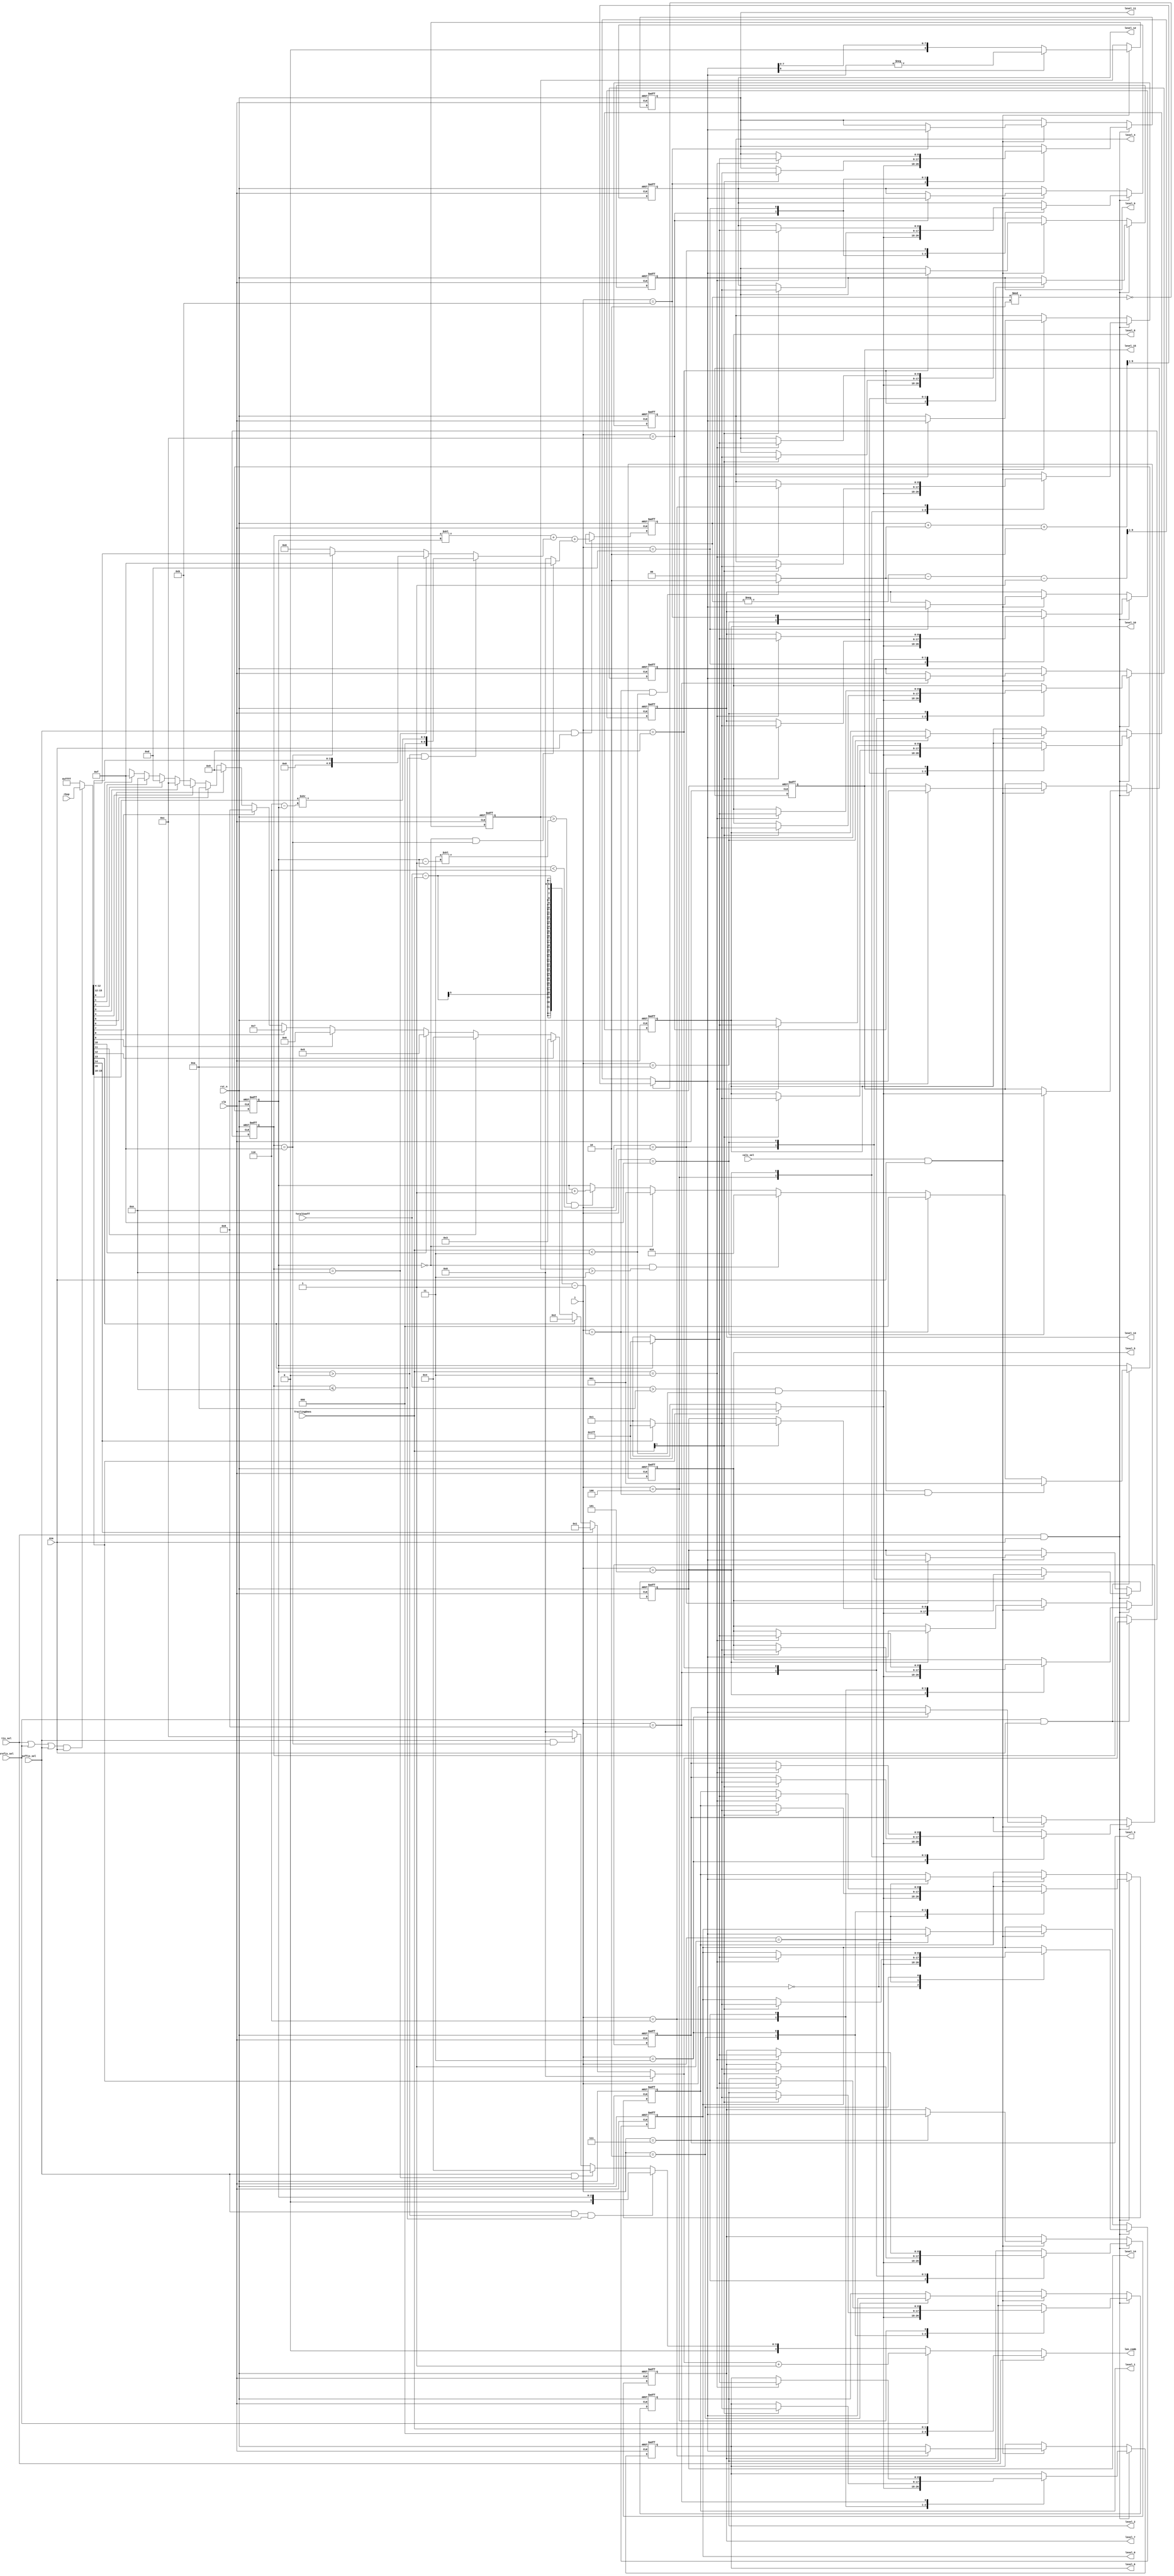
//////////////////////////////////////////////////////////////////////
////                                                              ////
////  cavlc_read_levels                                           ////
////                                                              ////
////  Description                                                 ////
////      decode levels for coeffs                                ////
////                                                              ////
////  Author(s):                                                  ////
////      - bin qiu, qiubin@opencores.org                         ////
////                                                              ////
//////////////////////////////////////////////////////////////////////
////                                                              ////
//// Copyright (C) 2011 Authors and OPENCORES.ORG                 ////
////                                                              ////
//// This source file may be used and distributed without         ////
//// restriction provided that this copyright statement is not    ////
//// removed from the file and that any derivative work contains  ////
//// the original copyright notice and the associated disclaimer. ////
////                                                              ////
//// This source file is free software; you can redistribute it   ////
//// and/or modify it under the terms of the GNU Lesser General   ////
//// Public License as published by the Free Software Foundation; ////
//// either version 2.1 of the License, or (at your option) any   ////
//// later version.                                               ////
////                                                              ////
//// This source is distributed in the hope that it will be       ////
//// useful, but WITHOUT ANY WARRANTY; without even the implied   ////
//// warranty of MERCHANTABILITY or FITNESS FOR A PARTICULAR      ////
//// PURPOSE.  See the GNU Lesser General Public License for more ////
//// details.                                                     ////
////                                                              ////
//// You should have received a copy of the GNU Lesser General    ////
//// Public License along with this source; if not, download it   ////
//// from http://www.opencores.org/lgpl.shtml                     ////
////                                                              ////
//////////////////////////////////////////////////////////////////////


//2011-8-6  initiial revision
//2011-8-19 reverse the order of level

//  include TrailingOnes

`timescale 1ns / 1ns // timescale time_unit/time_presicion






















module cavlc_read_levels (
    clk,
    rst_n,
    ena,
    t1s_sel,
    prefix_sel,
    suffix_sel,
    calc_sel,
    TrailingOnes,
    TotalCoeff,
    rbsp,
    i,
    level_0,
    level_1,
    level_2,
    level_3,
    level_4,
    level_5,
    level_6,
    level_7,
    level_8,
    level_9,
    level_10,
    level_11,
    level_12,
    level_13,
    level_14,
    level_15,
    len_comb
);
//------------------------
// ports
//------------------------
input   clk;
input   rst_n;

input   ena;
input   t1s_sel;
input   prefix_sel;
input   suffix_sel;
input   calc_sel;

input   [1:0]   TrailingOnes;
input   [4:0]   TotalCoeff;
input   [0:15]  rbsp;
input   [3:0]   i;

output  [8:0]   level_0;
output  [8:0]   level_1;
output  [8:0]   level_2;
output  [8:0]   level_3;
output  [8:0]   level_4;
output  [8:0]   level_5;
output  [8:0]   level_6;
output  [8:0]   level_7;
output  [8:0]   level_8;
output  [8:0]   level_9;
output  [8:0]   level_10;
output  [8:0]   level_11;
output  [8:0]   level_12;
output  [8:0]   level_13;
output  [8:0]   level_14;
output  [8:0]   level_15;

output  [4:0]   len_comb;

//------------------------
//  regs
//------------------------
reg     [0:15]  rbsp_internal;        // reduce toggle rate
reg     [3:0]   level_prefix_comb;
reg     [8:0]   level_suffix;
reg     [4:0]   len_comb;

//------------------------
// FFs
//------------------------
reg     [3:0]   level_prefix;
reg     [2:0]   suffixLength;   // range from 0 to 6
reg     [8:0]   level;
reg     [8:0]   level_abs;
reg     [8:0]   level_code_tmp;
reg     [8:0]   level_0, level_1, level_2, level_3, level_4, level_5, level_6, level_7;
reg     [8:0]   level_8, level_9, level_10, level_11, level_12, level_13, level_14, level_15;

//------------------------
// level_prefix_comb
//------------------------
always @(*)
if ((t1s_sel || prefix_sel || suffix_sel)&& ena)
    rbsp_internal <= rbsp;
else
    rbsp_internal <= 'hffff;

always @(*)
if (rbsp_internal[0])         level_prefix_comb <= 0;
else if (rbsp_internal[1])    level_prefix_comb <= 1;
else if (rbsp_internal[2])    level_prefix_comb <= 2;
else if (rbsp_internal[3])    level_prefix_comb <= 3;
else if (rbsp_internal[4])    level_prefix_comb <= 4;
else if (rbsp_internal[5])    level_prefix_comb <= 5;
else if (rbsp_internal[6])    level_prefix_comb <= 6;
else if (rbsp_internal[7])    level_prefix_comb <= 7;
else if (rbsp_internal[8])    level_prefix_comb <= 8;
else if (rbsp_internal[9])    level_prefix_comb <= 9;
else if (rbsp_internal[10])   level_prefix_comb <= 10;
else if (rbsp_internal[11])   level_prefix_comb <= 11;
else if (rbsp_internal[12])   level_prefix_comb <= 12; 
else if (rbsp_internal[13])   level_prefix_comb <= 13; 
else if (rbsp_internal[14])   level_prefix_comb <= 14;
else if (rbsp_internal[15])   level_prefix_comb <= 15;
else                          level_prefix_comb <= 'bx;
    

//------------------------
// level_prefix
//------------------------
always @(posedge clk or negedge rst_n)
if (!rst_n)
    level_prefix <= 0;
else if (prefix_sel && ena)
    level_prefix <= level_prefix_comb;

//------------------------
// suffixLength
//------------------------
wire first_level;
assign first_level = (i == TotalCoeff - TrailingOnes - 1);

always @(posedge clk or negedge rst_n)
if (!rst_n)
    suffixLength <= 0;
else if (prefix_sel && ena) begin
    if (TotalCoeff > 10 && TrailingOnes < 3 && first_level )  //initialize suffixLength before proceeding first level_suffix
        suffixLength <= 1;
    else if (first_level)
        suffixLength <= 0;
    else if (suffixLength == 0 && level_abs > 2'd3)
        suffixLength <= 2;
    else if (suffixLength == 0)
        suffixLength <= 1;
    else if (  level_abs > (2'd3 << (suffixLength - 1'b1) ) && suffixLength < 6)
        suffixLength <= suffixLength + 1'b1;
end


//------------------------
// level_suffix
//------------------------
always @(*)
if (suffixLength > 0 && level_prefix <= 14) 
    level_suffix <= {3'b0, rbsp_internal[0:5] >> (3'd6 - suffixLength)};
else if (level_prefix == 14)   //level_prefix == 14 && suffixLength == 0
    level_suffix <= {3'b0, rbsp_internal[0:3] };
else if (level_prefix == 15) 
    level_suffix <= rbsp_internal[3:11];     
else 
    level_suffix <= 0;      

//------------------------
// level_code_tmp
//------------------------
always @(posedge clk or negedge rst_n)
if (!rst_n) begin
    level_code_tmp <=  0;
end
else if (suffix_sel && ena) begin
    level_code_tmp <= (level_prefix << suffixLength) + level_suffix + 
    ((suffixLength == 0 && level_prefix == 15) ? 4'd15 : 0);
end


//------------------------
// level
//------------------------
wire    [2:0]   tmp1;

assign tmp1 = (first_level && TrailingOnes < 3)? 2'd2 : 2'd0;

always @(*)
begin
    if (level_code_tmp % 2 == 0) begin
        level <= ( level_code_tmp + tmp1 + 2 ) >> 1;
    end
    else begin
        level <= (-level_code_tmp - tmp1 - 1 ) >> 1;
    end
end

//------------------------
// level_abs
//------------------------
wire level_abs_refresh;
assign level_abs_refresh = calc_sel && ena;

always @(posedge clk or negedge rst_n)
if (!rst_n) begin
    level_abs <= 0;
end
else if (level_abs_refresh) begin
    level_abs <= level[8] ? -level : level;
end

//------------------------
// level regfile
//------------------------
always @ (posedge clk or negedge rst_n)
if (!rst_n) begin
    level_0 <= 0;   level_1 <= 0;   level_2 <= 0;   level_3 <= 0;
    level_4 <= 0;   level_5 <= 0;   level_6 <= 0;   level_7 <= 0;
    level_8 <= 0;   level_9 <= 0;   level_10<= 0;   level_11<= 0;
    level_12<= 0;   level_13<= 0;   level_14<= 0;   level_15<= 0;
end
else if (t1s_sel && ena)
    case (i)
    0 : level_0 <= rbsp_internal[0]? -1 : 1;
    1 : begin
            level_1 <= rbsp_internal[0]? -1 : 1;
            if (TrailingOnes[1])
                level_0 <= rbsp_internal[1]? -1 : 1;
        end
    2 : begin
            level_2 <= rbsp_internal[0]? -1 : 1;
            if (TrailingOnes[1])
                level_1 <= rbsp_internal[1]? -1 : 1;
            if (TrailingOnes == 3)
                level_0 <= rbsp_internal[2]? -1 : 1;
        end         
    3 : begin
            level_3 <= rbsp_internal[0]? -1 : 1;
            if (TrailingOnes[1])
                level_2 <= rbsp_internal[1]? -1 : 1;
            if (TrailingOnes == 3)
                level_1 <= rbsp_internal[2]? -1 : 1;
        end 
    4 : begin
            level_4 <= rbsp_internal[0]? -1 : 1;
            if (TrailingOnes[1])
                level_3 <= rbsp_internal[1]? -1 : 1;
            if (TrailingOnes == 3)
                level_2 <= rbsp_internal[2]? -1 : 1;
        end 
    5 : begin
            level_5 <= rbsp_internal[0]? -1 : 1;
            if (TrailingOnes[1])
                level_4 <= rbsp_internal[1]? -1 : 1;
            if (TrailingOnes == 3)
                level_3 <= rbsp_internal[2]? -1 : 1;
        end 
    6 : begin
            level_6 <= rbsp_internal[0]? -1 : 1;
            if (TrailingOnes[1])
                level_5 <= rbsp_internal[1]? -1 : 1;
            if (TrailingOnes == 3)
                level_4 <= rbsp_internal[2]? -1 : 1;
        end 
    7 : begin
            level_7 <= rbsp_internal[0]? -1 : 1;
            if (TrailingOnes[1])
                level_6 <= rbsp_internal[1]? -1 : 1;
            if (TrailingOnes == 3)
                level_5 <= rbsp_internal[2]? -1 : 1;
        end 
    8 : begin
            level_8 <= rbsp_internal[0]? -1 : 1;
            if (TrailingOnes[1])
                level_7 <= rbsp_internal[1]? -1 : 1;
            if (TrailingOnes == 3)
                level_6 <= rbsp_internal[2]? -1 : 1;
        end 
    9 : begin
            level_9 <= rbsp_internal[0]? -1 : 1;
            if (TrailingOnes[1])
                level_8 <= rbsp_internal[1]? -1 : 1;
            if (TrailingOnes == 3)
                level_7 <= rbsp_internal[2]? -1 : 1;
        end 
    10: begin
            level_10 <= rbsp_internal[0]? -1 : 1;
            if (TrailingOnes[1])
                level_9 <= rbsp_internal[1]? -1 : 1;
            if (TrailingOnes == 3)
                level_8 <= rbsp_internal[2]? -1 : 1;
        end 
    11: begin
            level_11 <= rbsp_internal[0]? -1 : 1;
            if (TrailingOnes[1])
                level_10 <= rbsp_internal[1]? -1 : 1;
            if (TrailingOnes == 3)
                level_9 <= rbsp_internal[2]? -1 : 1;
        end 
    12: begin
            level_12 <= rbsp_internal[0]? -1 : 1;
            if (TrailingOnes[1])
                level_11 <= rbsp_internal[1]? -1 : 1;
            if (TrailingOnes == 3)
                level_10 <= rbsp_internal[2]? -1 : 1;
        end 
    13: begin
            level_13 <= rbsp_internal[0]? -1 : 1;
            if (TrailingOnes[1])
                level_12 <= rbsp_internal[1]? -1 : 1;
            if (TrailingOnes == 3)
                level_11 <= rbsp_internal[2]? -1 : 1;
        end 
    14: begin
            level_14 <= rbsp_internal[0]? -1 : 1;
            if (TrailingOnes[1])
                level_13 <= rbsp_internal[1]? -1 : 1;
            if (TrailingOnes == 3)
                level_12 <= rbsp_internal[2]? -1 : 1;
        end 
    15: begin
            level_15 <= rbsp_internal[0]? -1 : 1;
            if (TrailingOnes[1])
                level_14 <= rbsp_internal[1]? -1 : 1;
            if (TrailingOnes == 3)
                level_13 <= rbsp_internal[2]? -1 : 1;
        end 
endcase
else if (calc_sel && ena)
case (i)
    0 :level_0 <= level;
    1 :level_1 <= level;
    2 :level_2 <= level;
    3 :level_3 <= level;
    4 :level_4 <= level;
    5 :level_5 <= level;
    6 :level_6 <= level;
    7 :level_7 <= level;
    8 :level_8 <= level;
    9 :level_9 <= level;
    10:level_10<= level;
    11:level_11<= level;
    12:level_12<= level;
    13:level_13<= level;
    14:level_14<= level;
    15:level_15<= level;
endcase

always @(*)
if(t1s_sel)
    len_comb <= TrailingOnes;
else if(prefix_sel)
    len_comb <= level_prefix_comb + 1;
else if(suffix_sel && suffixLength > 0 && level_prefix <= 14)
    len_comb <= suffixLength;  
else if(suffix_sel && level_prefix == 14)
    len_comb <= 4;
else if(suffix_sel && level_prefix == 15)
    len_comb <= 12;
else
    len_comb <= 0;        

endmodule